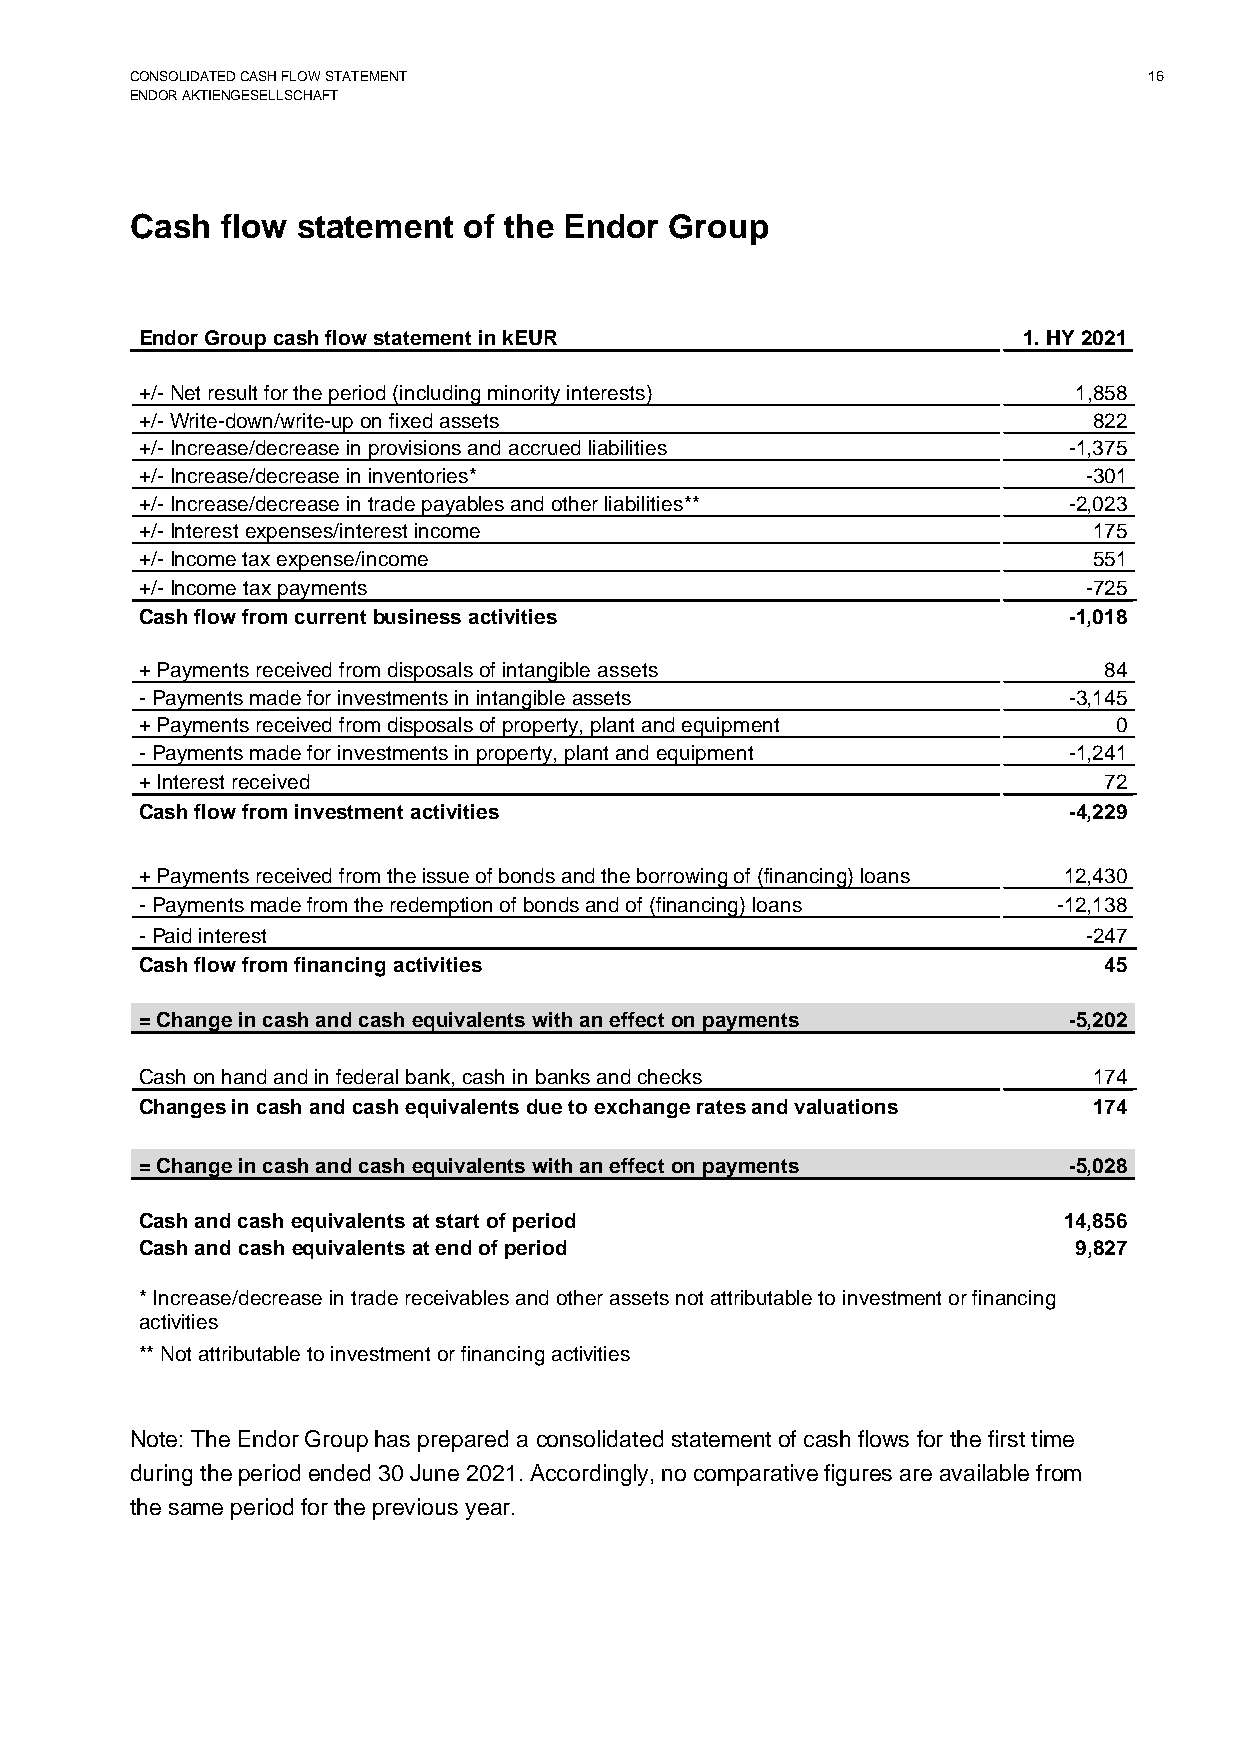
CONSOLIDATED CASH FLOW STATEMENT                                   16
 ENDOR AKTIENGESELLSCHAFT
 Cash  flow statement  of the Endor Group
 Endor Group cash flow statement in kEUR                    1. HY 2021
 +/- Net result for the period (including minority interests)  1,858
 +/- Write-down/write-up on fixed assets                        822
 +/- Increase/decrease in provisions and accrued liabilities   -1,375
 +/- Increase/decrease in inventories*                          -301
 +/- Increase/decrease in trade payables and other liabilities** -2,023
 +/- Interest expenses/interest income                          175
 +/- Income tax expense/income                                  551
 +/- Income tax payments                                        -725
 Cash flow from current business activities                    -1,018
 + Payments received from disposals of intangible assets         84
 - Payments made for investments in intangible assets          -3,145
 + Payments received from disposals of property, plant and equipment 0
 - Payments made for investments in property, plant and equipment -1,241
 + Interest received                                             72
 Cash flow from investment activities                          -4,229
 + Payments received from the issue of bonds and the borrowing of (financing) loans 12,430
 - Payments made from the redemption of bonds and of (financing) loans -12,138
 - Paid interest                                                -247
 Cash flow from financing activities                             45
 = Change in cash and cash equivalents with an effect on payments -5,202
 Cash on hand and in federal bank, cash in banks and checks     174
 Changes in cash and cash equivalents due to exchange rates and valuations 174
 = Change in cash and cash equivalents with an effect on payments -5,028
 Cash and cash equivalents at start of period                 14,856
 Cash and cash equivalents at end of period                    9,827
 * Increase/decrease in trade receivables and other assets not attributable to investment or financing
 activities
 ** Not attributable to investment or financing activities
 Note: The Endor Group has prepared a consolidated statement of cash flows for the first time
 during the period ended 30 June 2021. Accordingly, no comparative figures are available from
 the same period for the previous year.